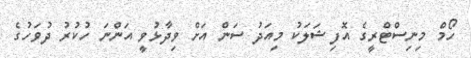
ހޯމް މިނިސްޓްރީގެ އޮފިޝަލަކު މިއަދު ސަން އަށް ވިދާޅުވީ އަންނަ ހުކުރު ދުވަހުގެ